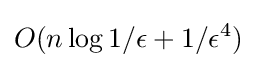
O(n\log {1/\epsilon }+1/\epsilon ^{4})